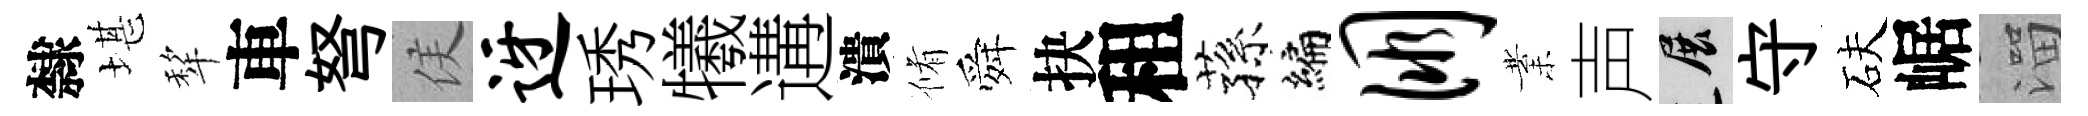
隸堪犂車弩侯迓琇犧遘潰脩舜抉租蓀编朋業声展守砆崌溜